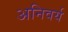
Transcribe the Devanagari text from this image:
अनिवर्य